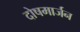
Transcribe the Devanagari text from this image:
दोषमार्जन